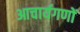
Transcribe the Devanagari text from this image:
आचार्यगणों